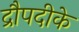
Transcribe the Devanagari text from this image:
द्रौपदीके